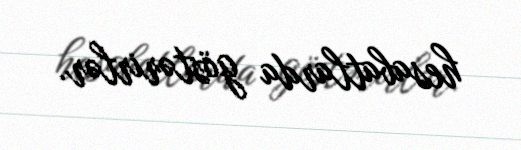
hesabatlarda göstərirlər.